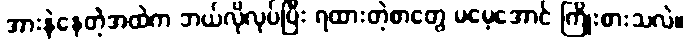
အားနဲနေတဲ့အထဲက ဘယ်လိုလုပ်ပြီး ရထားတဲ့စာတွေ မမေ့အောင် ကြိုးစားသလဲ။